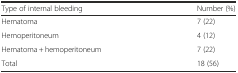
| Type of internal bleeding | Number (%) |
 | --- | --- |
 | Hematoma | 7 (22) |
 | Hemoperitoneum | 4 (12) |
 | Hematoma + hemoperitoneum | 7 (22) |
 | Total | 18 (56) |